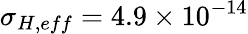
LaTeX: \sigma_{H,eff}=4.9\times 10^{-14}